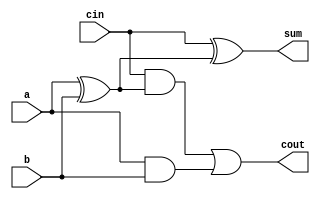
module add_1bit(a, b, cin, sum, cout);
	input a, b, cin;
	output sum, cout;
	wire w1, w2, w3;
	
	xor first_xor(w1, a, b);
   xor second_xor(sum, cin, w1);
	
   or first_or(cout, w2, w3);
	
	and first_and(w2, cin, w1);
	and second_and(w3, a, b);
	
	
endmodule